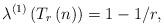
LaTeX: \begin{align*}\lambda^{\left( 1\right) }\left( T_{r}\left( n\right) \right)=1-1/r,\end{align*}